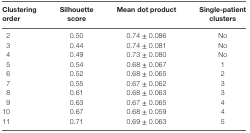
<table><thead><tr><td><b>Clustering order</b></td><td><b>Silhouette score</b></td><td><b>Mean dot product</b></td><td><b>Single-patient clusters</b></td></tr></thead><tbody><tr><td>2</td><td>0.50</td><td>0.74 ± 0.086</td><td>No</td></tr><tr><td>3</td><td>0.44</td><td>0.74 ± 0.081</td><td>No</td></tr><tr><td>4</td><td>0.49</td><td>0.73 ± 0.080</td><td>No</td></tr><tr><td>5</td><td>0.54</td><td>0.68 ± 0.067</td><td>1</td></tr><tr><td>6</td><td>0.52</td><td>0.68 ± 0.065</td><td>2</td></tr><tr><td>7</td><td>0.55</td><td>0.67 ± 0.062</td><td>3</td></tr><tr><td>8</td><td>0.61</td><td>0.68 ± 0.063</td><td>3</td></tr><tr><td>9</td><td>0.63</td><td>0.67 ± 0.065</td><td>4</td></tr><tr><td>10</td><td>0.67</td><td>0.68 ± 0.059</td><td>4</td></tr><tr><td>11</td><td>0.71</td><td>0.69 ± 0.063</td><td>5</td></tr></tbody></table>